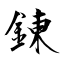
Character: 錬